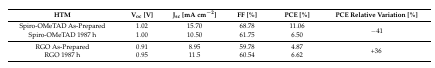
<table><thead><tr><td><b>HTM</b></td><td><b>V<sub>oc</sub> [V]</b></td><td><b>J<sub>sc</sub> [mA cm<sup>−2</sup>]</b></td><td><b>FF [%]</b></td><td><b>PCE [%]</b></td><td><b>PCE Relative Variation [%]</b></td></tr></thead><tbody><tr><td>Spiro-OMeTAD As-Prepared</td><td>1.02</td><td>15.70</td><td>68.78</td><td>11.06</td><td rowspan="2">−41</td></tr><tr><td>Spiro-OMeTAD 1987 h</td><td>1.00</td><td>10.50</td><td>61.75</td><td>6.50</td></tr><tr><td>RGO As-Prepared</td><td>0.91</td><td>8.95</td><td>59.78</td><td>4.87</td><td rowspan="2">+36</td></tr><tr><td>RGO 1987 h</td><td>0.95</td><td>11.5</td><td>60.54</td><td>6.62</td></tr></tbody></table>